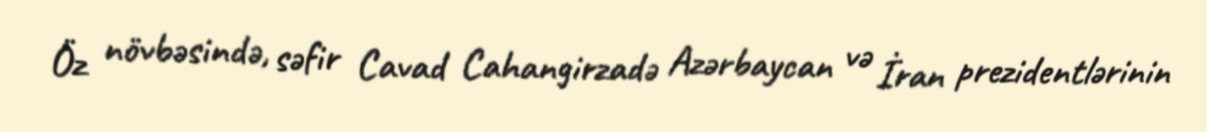
Öz növbəsində, səfir Cavad Cahangirzadə Azərbaycan və İran prezidentlərinin